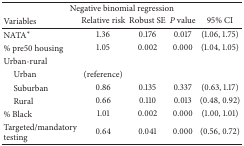
<table><thead><tr><td colspan="5"><b>Negative binomial regression</b></td></tr><tr><td><b>Variables</b></td><td><b>Relative risk</b></td><td><b>Robust SE</b></td><td><b><i>P</i> value</b></td><td><b>95% CI</b></td></tr></thead><tbody><tr><td>NATA*</td><td>1.36</td><td>0.176</td><td>0.017</td><td>(1.06, 1.75)</td></tr><tr><td>% pre50 housing</td><td>1.05</td><td>0.002</td><td>0.000</td><td>(1.04, 1.05)</td></tr><tr><td>Urban-rural</td><td> </td><td> </td><td> </td><td> </td></tr><tr><td> Urban</td><td>(reference)</td><td> </td><td> </td><td> </td></tr><tr><td> Suburban</td><td>0.86</td><td>0.135</td><td>0.337</td><td>(0.63, 1.17)</td></tr><tr><td> Rural</td><td>0.66</td><td>0.110</td><td>0.013</td><td>(0.48, 0.92)</td></tr><tr><td>% Black</td><td>1.01</td><td>0.002</td><td>0.000</td><td>(1.00, 1.01)</td></tr><tr><td>Targeted/mandatory testing</td><td>0.64</td><td>0.041</td><td>0.000</td><td>(0.56, 0.72)</td></tr></tbody></table>